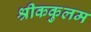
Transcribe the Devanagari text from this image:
श्रीककुलम